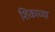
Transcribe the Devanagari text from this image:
शिकाव्या